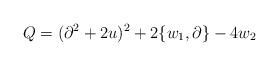
LaTeX: \begin{align*}Q = (\partial^2 + 2 u)^2 + 2 \{ w_{1}, \partial \} - 4 w_{2} \end{align*}